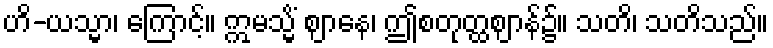
ဟိ-ယသ္မာ၊ ကြောင့်။ ဣမသ္မိံ ဈာနေ၊ ဤစတုတ္ထဈာန်၌။ သတိ၊ သတိသည်။